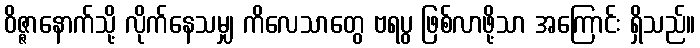
ဝိဇ္ဇာနောက်သို့ လိုက်နေသမျှ ကိလေသာတွေ ဗရပွ ဖြစ်လာဖို့သာ အကြောင်း ရှိသည်။